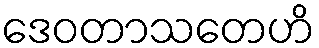
ဒေဝတာသတေဟိ